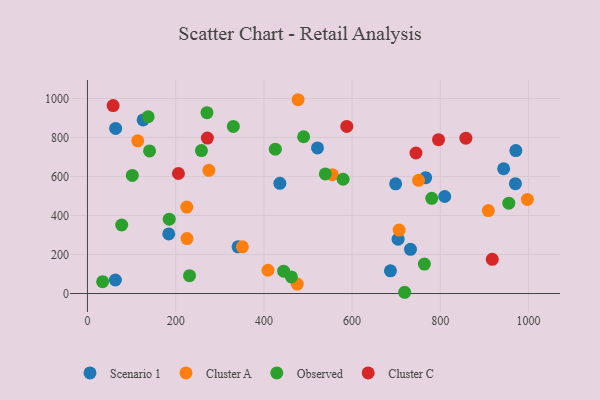
{"axis": {"x": "Ad Spend", "y": "Salary"}, "legend": ["Cluster A", "Cluster C", "Observed", "Scenario 1"], "data": [{"x": "732.3", "y": 226.3, "type": "Scenario 1"}, {"x": "766.7", "y": 593.5, "type": "Scenario 1"}, {"x": "943.5", "y": 639.4, "type": "Scenario 1"}, {"x": "521.5", "y": 746.1, "type": "Scenario 1"}, {"x": "698.7", "y": 562.3, "type": "Scenario 1"}, {"x": "63.9", "y": 846.2, "type": "Scenario 1"}, {"x": "184.3", "y": 305.5, "type": "Scenario 1"}, {"x": "436.2", "y": 564.7, "type": "Scenario 1"}, {"x": "704.2", "y": 278.7, "type": "Scenario 1"}, {"x": "341.4", "y": 239.4, "type": "Scenario 1"}, {"x": "126.2", "y": 889.5, "type": "Scenario 1"}, {"x": "971.2", "y": 732.6, "type": "Scenario 1"}, {"x": "63.3", "y": 69.3, "type": "Scenario 1"}, {"x": "686.9", "y": 116.3, "type": "Scenario 1"}, {"x": "970.2", "y": 563.1, "type": "Scenario 1"}, {"x": "810.0", "y": 497.1, "type": "Scenario 1"}, {"x": "997.3", "y": 482.0, "type": "Cluster A"}, {"x": "706.5", "y": 325.1, "type": "Cluster A"}, {"x": "475.6", "y": 48.5, "type": "Cluster A"}, {"x": "409.2", "y": 119.3, "type": "Cluster A"}, {"x": "750.6", "y": 579.9, "type": "Cluster A"}, {"x": "351.2", "y": 239.1, "type": "Cluster A"}, {"x": "555.3", "y": 608.6, "type": "Cluster A"}, {"x": "908.8", "y": 424.9, "type": "Cluster A"}, {"x": "275.2", "y": 631.3, "type": "Cluster A"}, {"x": "225.7", "y": 281.4, "type": "Cluster A"}, {"x": "477.5", "y": 993.1, "type": "Cluster A"}, {"x": "225.2", "y": 443.2, "type": "Cluster A"}, {"x": "113.9", "y": 782.5, "type": "Cluster A"}, {"x": "140.8", "y": 730.6, "type": "Observed"}, {"x": "271.0", "y": 926.7, "type": "Observed"}, {"x": "258.4", "y": 732.7, "type": "Observed"}, {"x": "719.1", "y": 6.4, "type": "Observed"}, {"x": "780.5", "y": 487.6, "type": "Observed"}, {"x": "330.7", "y": 856.2, "type": "Observed"}, {"x": "101.7", "y": 605.0, "type": "Observed"}, {"x": "444.7", "y": 114.7, "type": "Observed"}, {"x": "955.2", "y": 463.1, "type": "Observed"}, {"x": "231.4", "y": 91.6, "type": "Observed"}, {"x": "763.8", "y": 150.9, "type": "Observed"}, {"x": "34.4", "y": 60.5, "type": "Observed"}, {"x": "77.6", "y": 351.1, "type": "Observed"}, {"x": "185.4", "y": 381.2, "type": "Observed"}, {"x": "539.3", "y": 612.7, "type": "Observed"}, {"x": "462.4", "y": 85.3, "type": "Observed"}, {"x": "137.6", "y": 905.9, "type": "Observed"}, {"x": "579.6", "y": 585.7, "type": "Observed"}, {"x": "425.9", "y": 739.8, "type": "Observed"}, {"x": "490.0", "y": 803.3, "type": "Observed"}, {"x": "58.2", "y": 963.1, "type": "Cluster C"}, {"x": "744.7", "y": 720.1, "type": "Cluster C"}, {"x": "271.9", "y": 796.7, "type": "Cluster C"}, {"x": "857.9", "y": 796.1, "type": "Cluster C"}, {"x": "206.2", "y": 615.0, "type": "Cluster C"}, {"x": "587.9", "y": 856.1, "type": "Cluster C"}, {"x": "795.9", "y": 788.5, "type": "Cluster C"}, {"x": "917.7", "y": 175.2, "type": "Cluster C"}]}